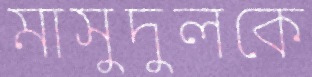
মাসুদুলকে